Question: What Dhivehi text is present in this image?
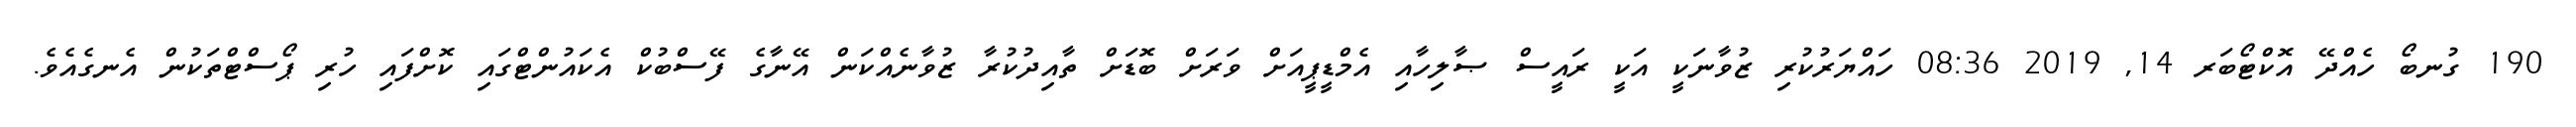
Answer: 190 ގުނބޯ ހެއްދޭ އޮކްޓޯބަރ 14, 2019 08:36 ހައްޔަރުކުރި ޒުވާނަކީ އަކީ ރައީސް ޞާލިހާއި އެމްޑީޕީއަށް ވަރަށް ބޮޑަށް ތާއިދުކުރާ ޒުވާނެއްކަން އޭނާގެ ފޭސްބުކް އެކައުންޓްގައި ކޮށްފައި ހުރި ޕޯސްޓްތަކުން އެނގެއެވެ.